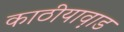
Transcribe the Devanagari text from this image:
काठीयाव़ाड